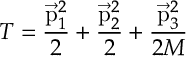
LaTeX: T = { \frac { \vec { \mathrm { p } } _ { 1 } ^ { 2 } } { 2 } } + { \frac { \vec { \mathrm { p } } _ { 2 } ^ { 2 } } { 2 } } + { \frac { \vec { \mathrm { p } } _ { 3 } ^ { 2 } } { 2 M } }